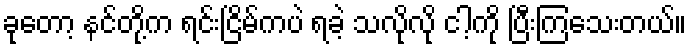
ခုတော့ နင်တို့က ရင်းငြိမ်ကပဲ ရခဲ့ သလိုလို ငါ့ကို ပြီးကြသေးတယ်။